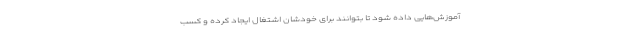
آموزش‌هایی داده شود تا بتوانند برای خودشان اشتغال ایجاد کرده و کسب